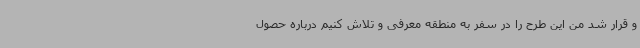
و قرار شد من این طرح را در سفر به منطقه معرفی و تلاش کنیم درباره حصول